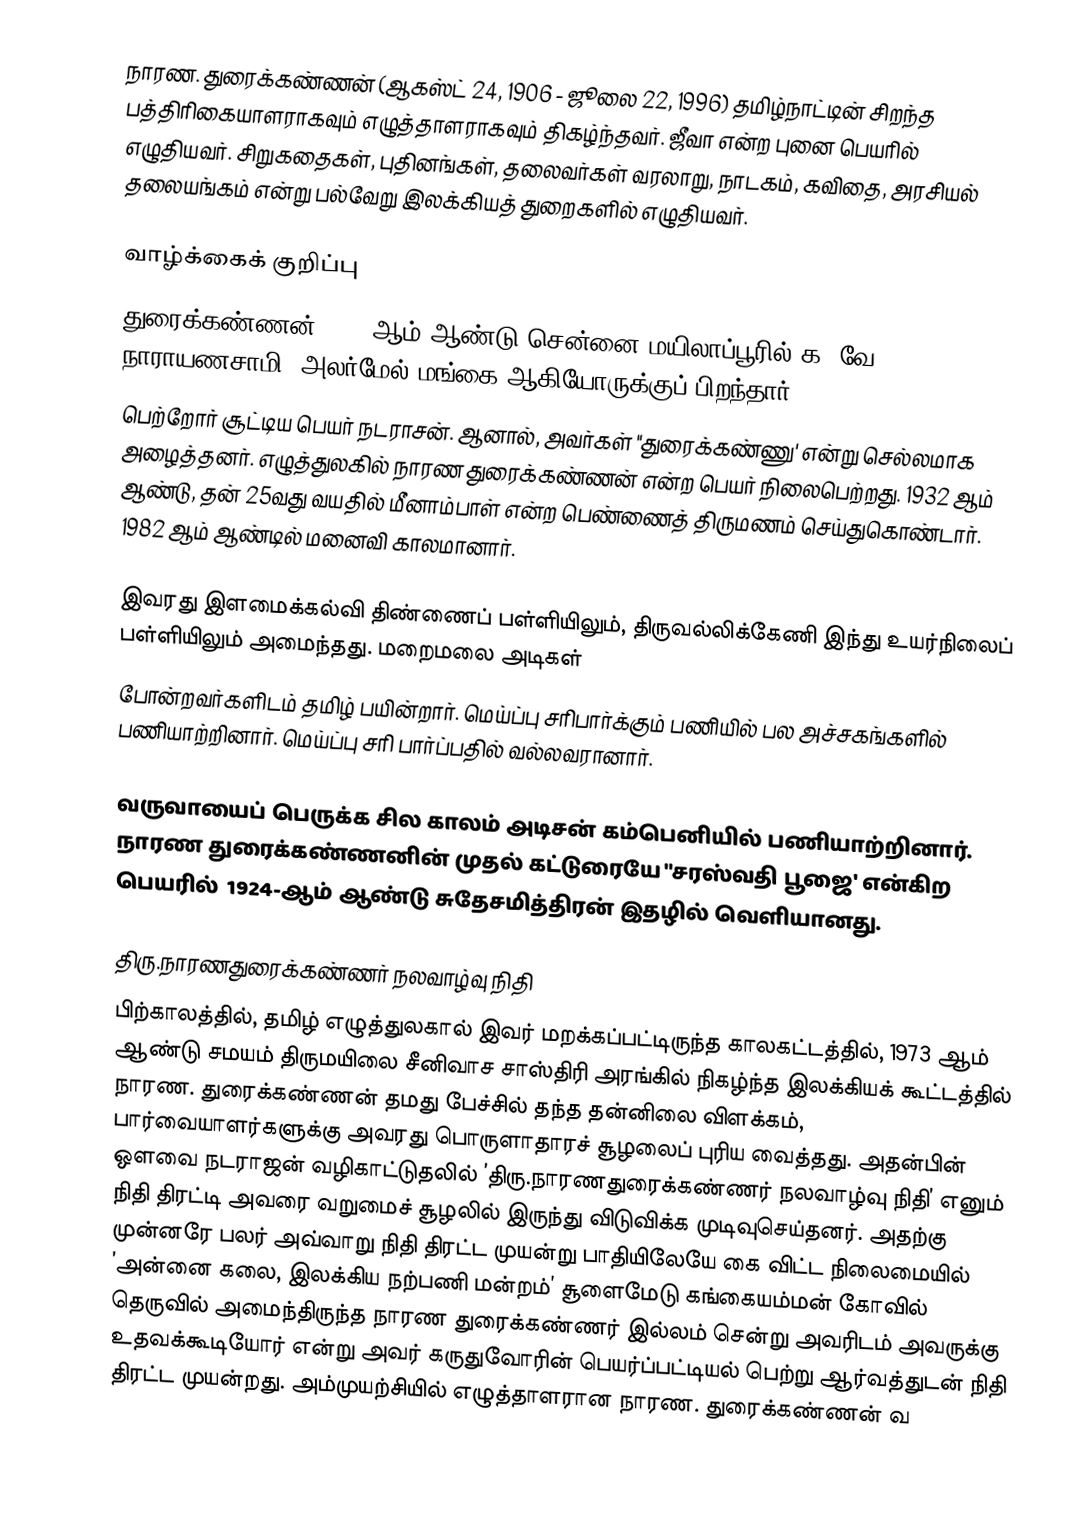
நாரண. துரைக்கண்ணன் (ஆகஸ்ட் 24, 1906 - ஜூலை 22, 1996) தமிழ்நாட்டின் சிறந்த பத்திரிகையாளராகவும் எழுத்தாளராகவும் திகழ்ந்தவர். ஜீவா என்ற புனை பெயரில் எழுதியவர். சிறுகதைகள், புதினங்கள், தலைவர்கள் வரலாறு, நாடகம், கவிதை, அரசியல் தலையங்கம் என்று பல்வேறு இலக்கியத் துறைகளில் எழுதியவர்.

வாழ்க்கைக் குறிப்பு
துரைக்கண்ணன் 1906 ஆம் ஆண்டு சென்னை மயிலாப்பூரில் க. வே. நாராயணசாமி, அலர்மேல் மங்கை ஆகியோருக்குப் பிறந்தார்.
பெற்றோர் சூட்டிய பெயர் நடராசன். ஆனால், அவர்கள் "துரைக்கண்ணு' என்று செல்லமாக அழைத்தனர். எழுத்துலகில் நாரண துரைக்கண்ணன் என்ற பெயர் நிலைபெற்றது. 1932 ஆம் ஆண்டு, தன் 25வது வயதில் மீனாம்பாள் என்ற பெண்ணைத் திருமணம் செய்துகொண்டார். 1982 ஆம் ஆண்டில் மனைவி காலமானார்.

இவரது இளமைக்கல்வி திண்ணைப் பள்ளியிலும், திருவல்லிக்கேணி இந்து உயர்நிலைப் பள்ளியிலும் அமைந்தது. மறைமலை அடிகள்
போன்றவர்களிடம் தமிழ் பயின்றார். மெய்ப்பு சரிபார்க்கும் பணியில் பல அச்சகங்களில் பணியாற்றினார். மெய்ப்பு சரி பார்ப்பதில் வல்லவரானார்.

வருவாயைப் பெருக்க சில காலம் அடிசன் கம்பெனியில் பணியாற்றினார். நாரண துரைக்கண்ணனின் முதல் கட்டுரையே "சரஸ்வதி பூஜை' என்கிற பெயரில்  1924-ஆம் ஆண்டு சுதேசமித்திரன் இதழில் வெளியானது.

திரு.நாரணதுரைக்கண்ணர் நலவாழ்வு நிதி
பிற்காலத்தில், தமிழ் எழுத்துலகால் இவர் மறக்கப்பட்டிருந்த காலகட்டத்தில், 1973 ஆம் ஆண்டு சமயம் திருமயிலை சீனிவாச சாஸ்திரி அரங்கில் நிகழ்ந்த இலக்கியக் கூட்டத்தில் நாரண. துரைக்கண்ணன் தமது பேச்சில் தந்த தன்னிலை விளக்கம், பார்வையாளர்களுக்கு அவரது பொருளாதாரச் சூழலைப் புரிய வைத்தது. அதன்பின் ஒளவை நடராஜன் வழிகாட்டுதலில் ’திரு.நாரணதுரைக்கண்ணர் நலவாழ்வு நிதி’ எனும் நிதி திரட்டி அவரை வறுமைச் சூழலில் இருந்து விடுவிக்க முடிவுசெய்தனர். அதற்கு முன்னரே பலர் அவ்வாறு நிதி திரட்ட முயன்று பாதியிலேயே கை விட்ட நிலைமையில் ’அன்னை கலை, இலக்கிய நற்பணி மன்றம்’ சூளைமேடு கங்கையம்மன் கோவில் தெருவில் அமைந்திருந்த நாரண துரைக்கண்ணர் இல்லம் சென்று அவரிடம் அவருக்கு உதவக்கூடியோர் என்று அவர் கருதுவோரின் பெயர்ப்பட்டியல் பெற்று ஆர்வத்துடன் நிதி திரட்ட முயன்றது. அம்முயற்சியில் எழுத்தாளரான நாரண. துரைக்கண்ணன் வ